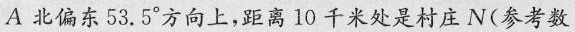
A北偏东53.5°方向上，距离10千米处是村庄N(参考数